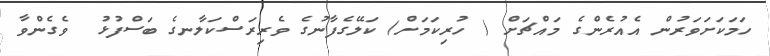
ހަމަކަށަވަރުން އެއުރެންގެ މައްޗަށް ( ހުރިކަމަށް) ކަލޭގެފާނުގެ ވެރިރަސްކަލާނގެ ބަސްފުޅު  ވެގެންވާ